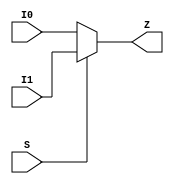
module MUX2D4 (
  I0
 ,I1
 ,S
 ,Z
 );
input I0 ;
input I1 ;
input S ;
output Z ;
assign Z = S ? I1 : I0;
endmodule